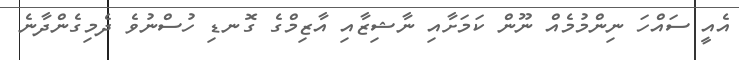
އެއީ ސައްހަ ނިންމުމެއް ނޫން ކަމަށާއި ނާޝިޒާއި އާޒިމްގެ ގޮނޑި ހުސްނުވެ ދެމިގެންދާނެ